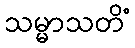
သမ္မာသတိံ